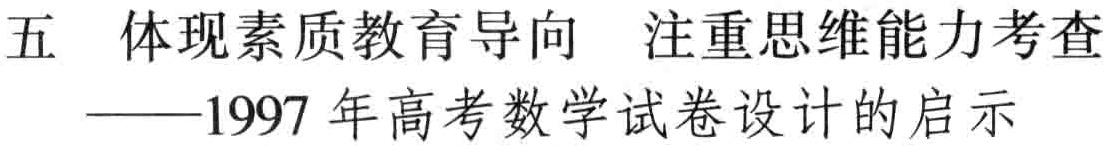
五 体现素质教育导向 注重思维能力考查——1997 年高考数学试卷设计的启示